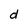
Character: d